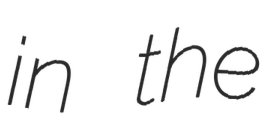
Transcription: in the